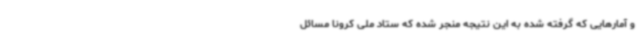
و آمارهایی که گرفته شده به این نتیجه منجر شده که ستاد ملی کرونا مسائل